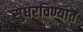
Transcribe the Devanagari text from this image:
सुधरविण्यात